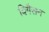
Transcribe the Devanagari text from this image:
विगैसन